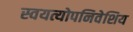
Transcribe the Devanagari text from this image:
स्वयत्योपनिवेशिय